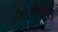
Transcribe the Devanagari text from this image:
ऐग्लुटिनेशन